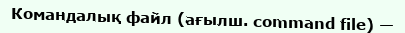
Командалық файл (ағылш. command file) —